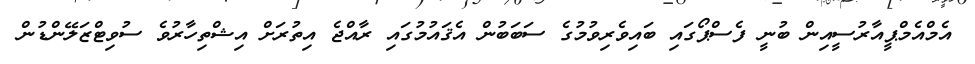
އެމްއެމްޕީއާރުސީއިން ބުނީ ފެސްޕޯގައި ބައިވެރިވުމުގެ ސަބަބުން އެޤައުމުގައި ރާއްޖެ އިތުރަށް އިޝްތިހާރުވެ ސުވިޓްޒަލޭންޑުން